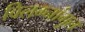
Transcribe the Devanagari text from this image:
विलग्नांगुल